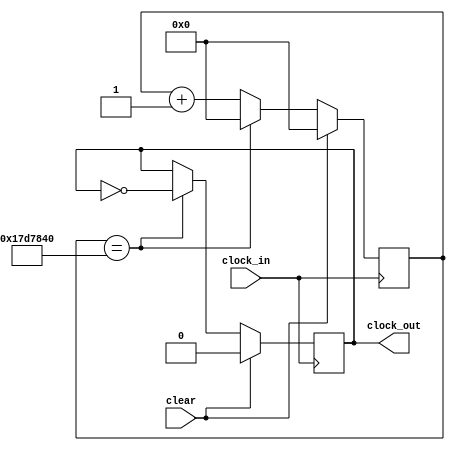
`timescale 1ns / 1ps

module clock_divider(
    input clock_in,
    input clear,
    output reg clock_out
    );

    reg [31:0] cnt;

    always @(posedge clock_in) begin
        if (clear) begin
            cnt <= 32'd0;
            clock_out <= 1'b0;
        end
        else if (cnt == 32'd25000000) begin
            cnt <= 32'd0;
            clock_out <= ~clock_out;
        end
        else begin
            cnt <= cnt + 1;
        end
    end

endmodule